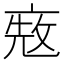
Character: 𠅨